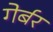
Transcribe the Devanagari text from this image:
गेर्बर